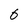
Character: 6